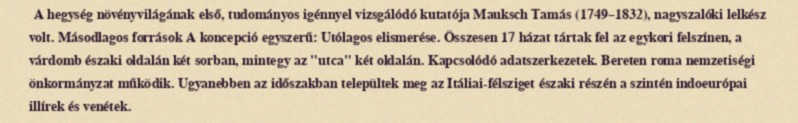
A hegység növényvilágának első, tudományos igénnyel vizsgálódó kutatója Mauksch Tamás (1749–1832), nagyszalóki lelkész volt. Másodlagos források A koncepció egyszerű: Utólagos elismerése. Összesen 17 házat tártak fel az egykori felszínen, a várdomb északi oldalán két sorban, mintegy az "utca" két oldalán. Kapcsolódó adatszerkezetek. Bereten roma nemzetiségi önkormányzat működik. Ugyanebben az időszakban települtek meg az Itáliai-félsziget északi részén a szintén indoeurópai illírek és venétek.